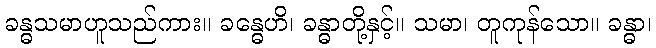
ခန္ဓသမာဟူသည်ကား။ ခန္ဓေဟိ၊ ခန္ဓာတို့နှင့်။ သမာ၊ တူကုန်သော။ ခန္ဓာ၊